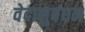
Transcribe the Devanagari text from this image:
वेदानुबंधन